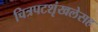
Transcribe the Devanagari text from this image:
चित्रपटशृंखलेसह